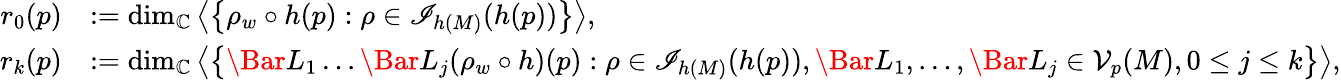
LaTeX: \begin{array}{rl}{r_{0}(p)}&{:=\dim_{\mathbb{C}}\left<\left\{ \rho_{w}\circ h(p):\rho\in\mathscr{I}_{h(M)}(h(p))\right\} \right>,}\\ {r_{k}(p)}&{:=\dim_{\mathbb{C}}\left<\left\{ \Bar L_{1}\dots\Bar L_{j}(\rho_{w}\circ h)(p):\rho\in\mathscr{I}_{h(M)}(h(p)),\Bar L_{1},\dots,\Bar L_{j}\in\mathcal{V}_{p}(M),0\leq j\leq k\right\} \right>,}\end{array}